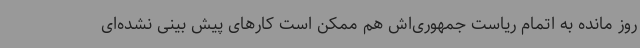
روز مانده به اتمام ریاست جمهوری‌اش هم ممکن است کارهای پیش بینی نشده‌ای